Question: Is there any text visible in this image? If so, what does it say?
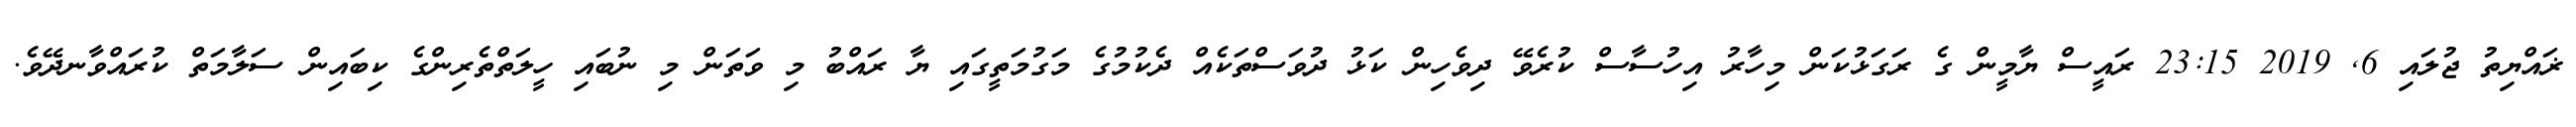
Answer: ޜައްޔިތު ޖުލައި 6, 2019 23:15 ރައީސް ޔާމީން ގެ ރަގަޅުކަން މިހާރު އިހުސާސް ކުރެވޭ ދިވެހިން ކަޅު ދުވަސްތަކެއް ދެކުމުގެ މަގުމަތީގައި ޔާ ރައްބު މި ވަތަން މި ނުބައި ހީލަތްތެރިންގެ ކިބައިން ސަލާމަތް ކުރައްވާނދޭވެ.